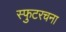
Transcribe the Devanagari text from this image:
स्फुटरचना